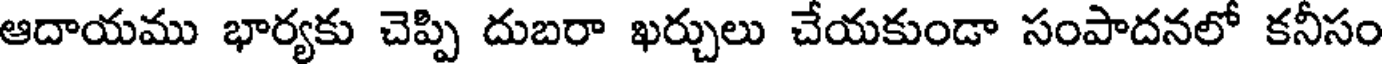
ఆదాయము భార్యకు చెప్పి దుబరా ఖర్చులు చేయకుండా సంపాదనలో కనీసం